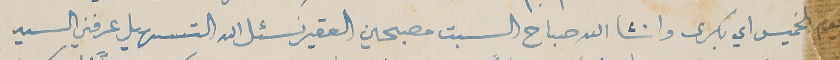
يوم الخميس اي بكرى وانشاالله صباح السبت مصبحين العقير نسئل الله التسهيل عرفني السيد